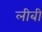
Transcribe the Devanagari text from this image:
लीबी